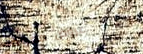
عروض مميزة